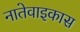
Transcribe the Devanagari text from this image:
नातेवाइकास